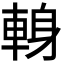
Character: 𨌈